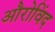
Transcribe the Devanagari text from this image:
औरोविंद